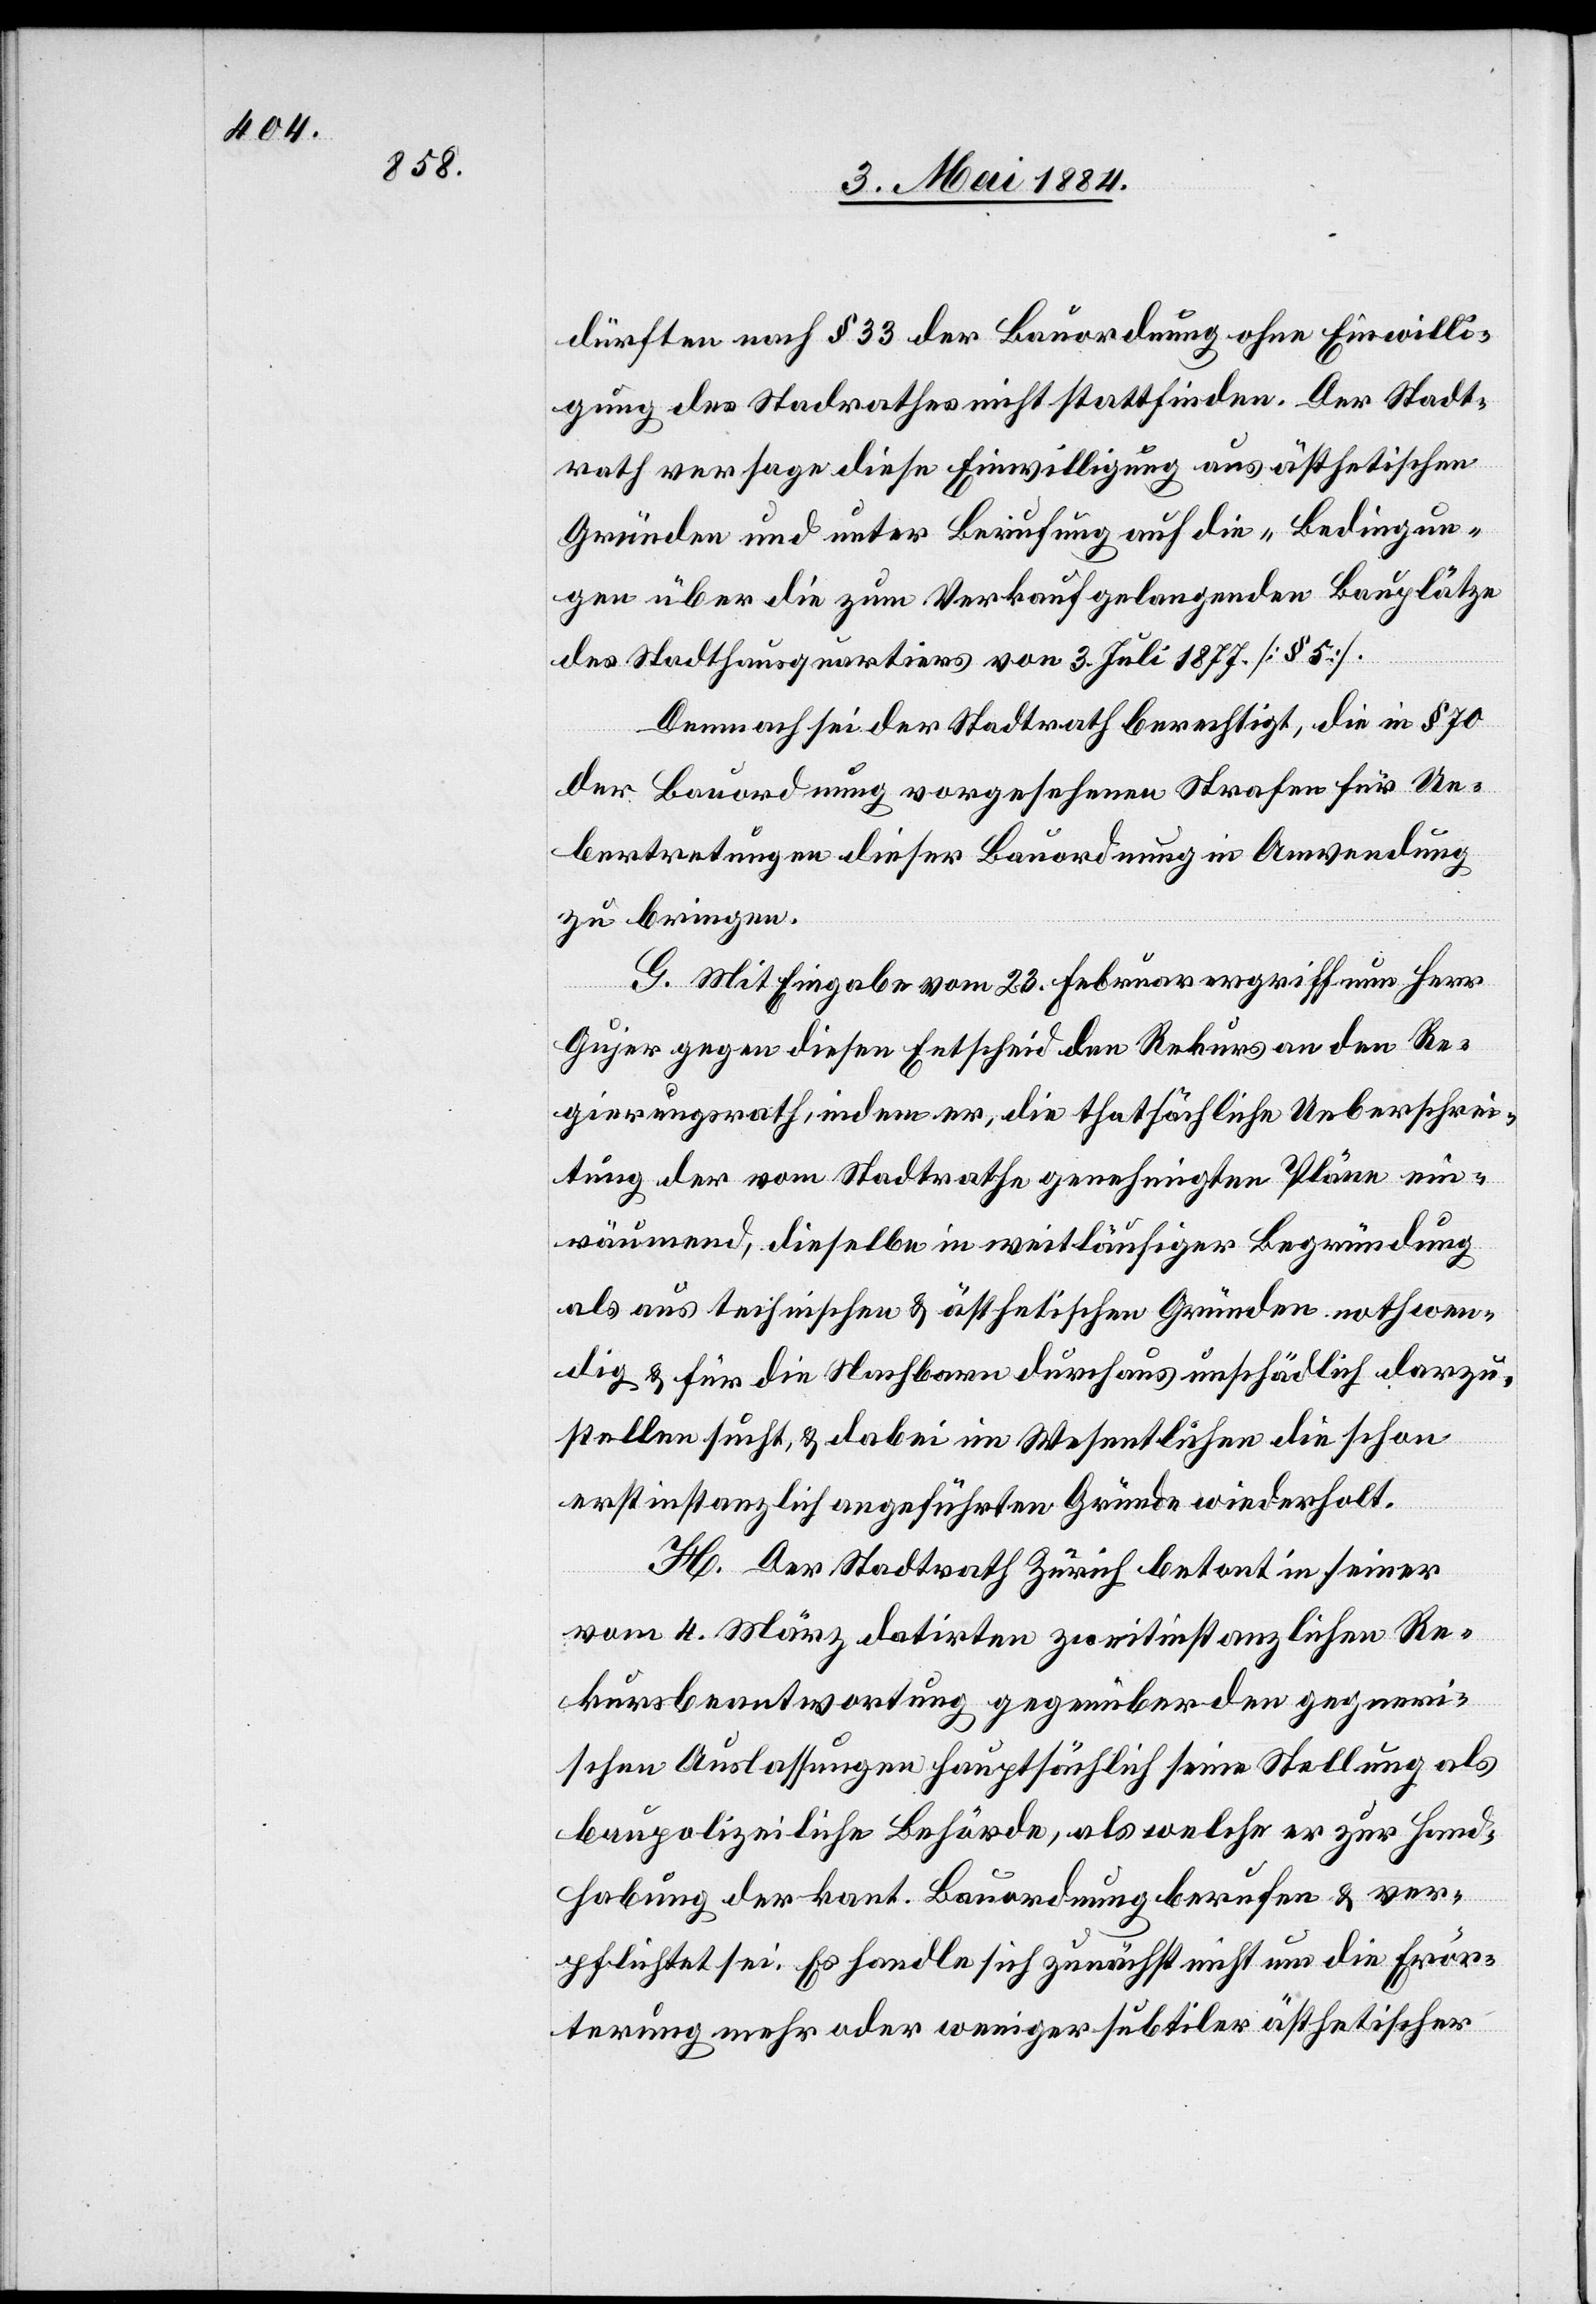
dürften nach § 33 der Bauordnung ohne Einwilli¬
gung des Stad[t]rathes nicht stattfinden. Der Stadt¬
rath versage diese Einwilligung aus ästhetischen
Gründen und unter Berufung auf die „Bedingun¬
gen über die zum Verkauf gelangenden Bauplätze
des Stadthausquartiers von 3. Juli 1887. [§ 5].
Demnach sei der Stadtrath berechtigt, die in § 70
der Bauordnung vorgesehenen Strafen für Ue¬
bertretungen dieser Bauordnung in Anwendung
zu bringen.
G. Mit Eingabe vom 23. Februar ergriff nun Herr
Gujer gegen diesen Entscheid den Rekurs an den Re¬
gierungsrath, indem er, die thatsächliche Ueberschrei¬
tung der vom Stadtrathe genehmigten Pläne ein¬
räumend, dieselbe in weitläufiger Begründung
als aus technischen & ästhetischen Gründen nothwen¬
dig & für die Nachbarn durchaus unschädlich darzu¬
stellen sucht, & dabei im Wesentlichen die schon
erstinstanzlich angeführten Gründe wiederholt.
H. Der Stadtrath Zürich betont in seiner
vom 4. März datirten zweitinstanzlichen Re¬
kursbeantwortung gegenüber den gegneri¬
schen Auslassungen hauptsächlich seine Stellung als
baupolizeiliche Behörde, als welche er zur Hand¬
habung der kant. Bauordnung berufen & ver¬
pflichtet sei. Es handle sich zunächst nicht um die Erör¬
terung mehr oder weniger subtiler ästhetischer